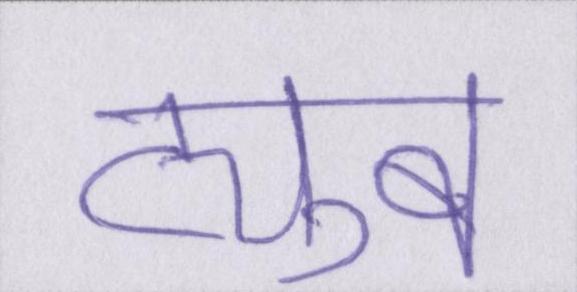
ट्यूब